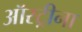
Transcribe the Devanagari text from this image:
ऑस्ट्रीना